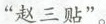
”赵三贴”。